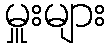
မှူးများ